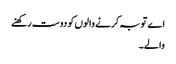
اے توبہ کرنے والوں کو دوست رکھنے
والے۔